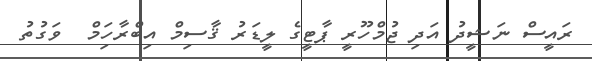
ރައީސް ނަޝީދު އަދި ޖުމްހޫރީ ޕާޓީގެ ލީޑަރު ޤާސިމް އިބްރާހަިމް  ވަގުތު